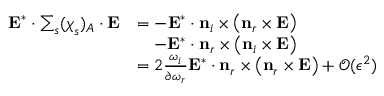
\begin{array} { r l } { \mathbf { E } ^ { * } \cdot \sum _ { s } ( \boldsymbol { \chi } _ { s } ) _ { A } \cdot \mathbf { E } } & { = - \mathbf { E } ^ { * } \cdot \mathbf { n } _ { i } \times \left( \mathbf { n } _ { r } \times \mathbf { E } \right) } \\ & { \quad - \mathbf { E } ^ { * } \cdot \mathbf { n } _ { r } \times \left( \mathbf { n } _ { i } \times \mathbf { E } \right) } \\ & { = 2 \frac { \omega _ { i } } { \partial \omega _ { r } } \mathbf { E } ^ { * } \cdot \mathbf { n } _ { r } \times \left( \mathbf { n } _ { r } \times \mathbf { E } \right) + \mathcal { O } ( \epsilon ^ { 2 } ) } \end{array}